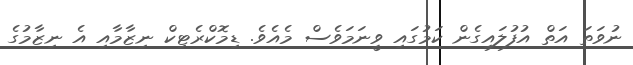
ނުވަތަ އަތް އުފުލައިގެން ކަމުގައި ވީނަމަވެސް މެއެވެ. ޑިމޮކްރެޓިކް ނިޒާމާއި އެ ނިޒާމުގެ